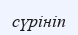
сүрініп